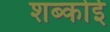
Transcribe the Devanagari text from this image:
शब्कोई